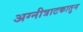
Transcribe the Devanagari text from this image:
अग्नीत्राटकातुन